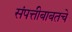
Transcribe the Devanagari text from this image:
संपत्तीबाबतचे